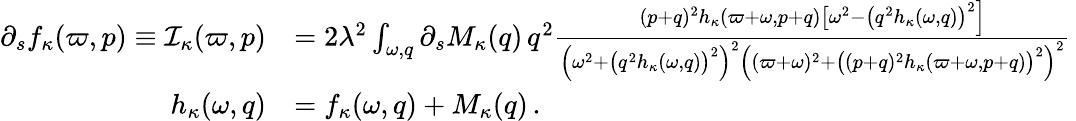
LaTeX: \begin{array}{rl}{\partial_{s}f_{\kappa}(\varpi,p)\equiv{\cal I}_{\kappa}(\varpi,p)}&{=2\lambda^{2}\int_{\omega,q}\partial_{s}M_{\kappa}(q)\, q^{2}\frac{(p+q)^{2}h_{\kappa}(\varpi+\omega,p+q)\big[\omega^{2}-\big(q^{2}h_{\kappa}(\omega,q)\big)^{2}\Big]}{\Big(\omega^{2}+\big(q^{2}h_{\kappa}(\omega,q)\big)^{2}\Big)^{2}\Big((\varpi+\omega)^{2}+\big((p+q)^{2}h_{\kappa}(\varpi+\omega,p+q)\big)^{2}\Big)^{2}}\, }\\ {h_{\kappa}(\omega,q)}&{=f_{\kappa}(\omega,q)+M_{\kappa}(q)\, .}\end{array}